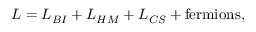
L = L _ { B I } + L _ { H M } + L _ { C S } + \mathrm { f e r m i o n s } ,